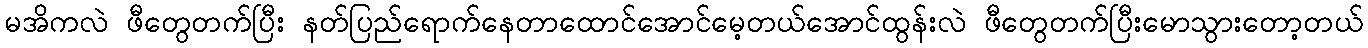
မအိကလဲ ဖီတွေတက်ပြီး နတ်ပြည်ရောက်နေတာထောင်အောင်မေ့တယ်အောင်ထွန်းလဲ ဖီတွေတက်ပြီးမောသွားတော့တယ်